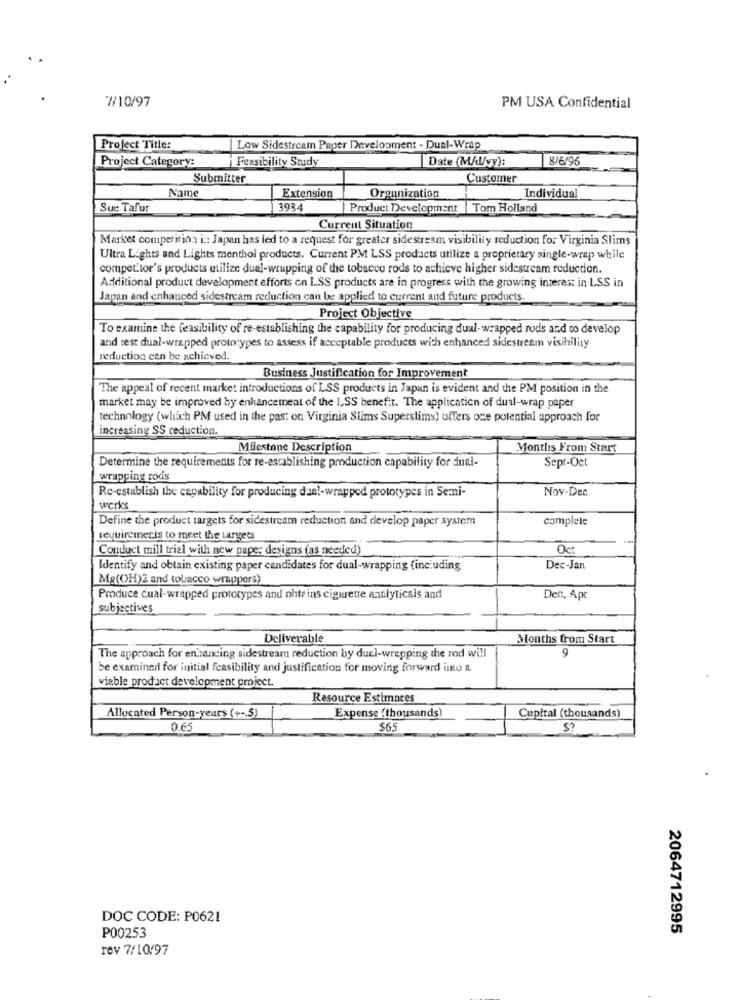
7/10/97
PM USA Confidential
Profect Title:
|Low Sidestream Paper Development - Dual-Wrap
Project Category:
i Feasibility Study
Date (M/d/vy):
8/6/96
Submitter
Customer
Name
Individual
Extension
Organization
Sue Tafur
3984
Product Development |Tom Holland
Current Situation
Market competition i :: Japan has led to a request for greater sidestream visibility reduction for Virginia Slims
Ultra Lights and Lights menthol products. Current PM LSS products utilize a proprietary single-wrap while
competitor's products utilize dual-wrapping of the tobacco rods to achieve higher sidestream reduction.
Additional product development efforts on LSS products are in progress with the growing interest in LSS in
Japan and enhanced sidestream reduction can be applied to current and future products.
Project Objective
To examine the feasibility of re-establishing the capability for producing dual-wrapped rods and co develop
and test dual-wrapped prototypes to assess if acceptable products with enhanced sidestream visibility
reduction can be achieved.
Business Justification for Improvement
The appeal of recent market introductions of LSS products in Japan is evident and the PM position in the
market may be improved by enhancemeat of the LSS benefit. The application of dual-wrap paper
technology (which PM used in the past on Virginia Slims Superslims) offers oce potential approach for
increasing SS reduction.
Milestone Description
Months From Start
Determine the requirements for re-establishing production capability for dual-
Sepr-Oct
wrapping rods
Nov-Dec
Re-establish the capability for producing dual-wrapped prototypes in Semi-
werks
Define the product targets for sidestream reduction and develop paper system
complete
requirements to meet the targets
Conduct mill trial with new pape: designs (as needed)
Oct
Identify and obtain existing paper candidates for dual-wrapping (including
Dec-Jan
Mg(OH)2 and tobacco wrappers)
Produce cual-wrapped prototypes and ohteins cigarette analyticals and
Der ., Apr
subjectives
Deliverable
Months from Start
9
The approach for enhancing sidestream reduction by duel-wrapping the rod will
be examined for initial feasibility and justification for moving forward into a
viable product development project.
Resource Estimates
Expense (thousands)
Allocated Person-years (+ -. 5)
Capital (thousands)
0.6
$65
DOC CODE: P0621
2064712995
P00253
rev 7/10/97